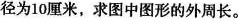
径为10厘米，求图中图形的外周长。